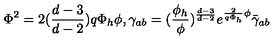
\Phi ^ { 2 } = 2 ( { \frac { d - 3 } { d - 2 } } ) q \Phi _ { h } \phi , \gamma _ { a b } = ( { \frac { \phi _ { h } } { \phi } } ) ^ { \frac { d - 3 } { d - 2 } } e ^ { { \frac { 2 } { q \Phi _ { h } } } \phi } \bar { \gamma } _ { a b } ~